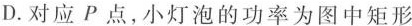
D.对应P点，小灯泡的功率为图中矩形